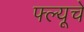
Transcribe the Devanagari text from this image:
फ्ल्यूचे